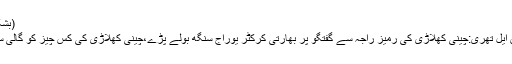
(بشکریہ ڈیلی پاکستان)
مزید پڑھیں پی ایس ایل تھری:چینی کھلاڑی کی رمیز راجہ سے گفتگو پر بھارتی کرکٹر یوراج سنگھ بولے پڑے،چینی کھلاڑی کی کس چیز کو گالی سے تشبہہ دے دی؟